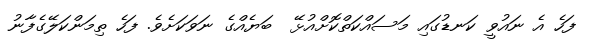
ފަހެ އެ ނައުވީ ކަނޑުގައި މަސައްކަތްކޮށްއުޅޭ  ބަޔެއްގެ ނަވަކަށެވެ. ފަހެ ތިމަންކަލޭގެފާނު